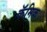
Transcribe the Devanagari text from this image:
कॅमिक